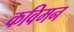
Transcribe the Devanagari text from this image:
कविमन